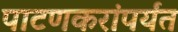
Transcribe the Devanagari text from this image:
पाटणकरांपर्यंत